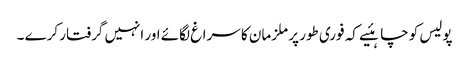
پولیس کو چاہئیے کہ فوری طور پر ملزمان کا سراغ لگائے اور انہیں گرفتار کرے ۔